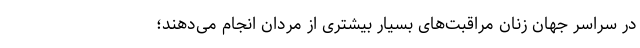
در سراسر جهان زنان مراقبت‌های بسیار بیشتری از مردان انجام می‌دهند؛